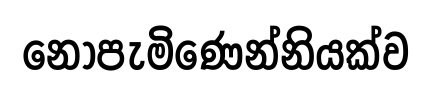
නොපැමිණෙන්නියක්ව